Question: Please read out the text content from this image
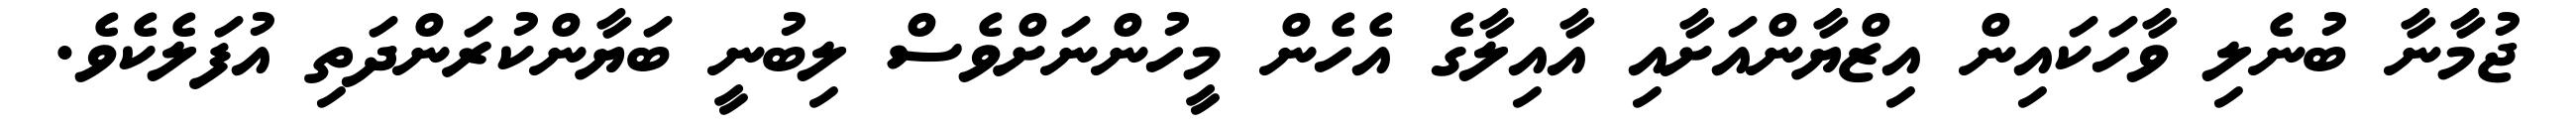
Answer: ޖުމާނާ ބުނެލި ވާހަކައިން އިޒްޔާންއަށާއި އާއިލާގެ އެހެން މީހުންނަށްވެސް ލިބުނީ ބަޔާންކުރަންދަތި އުފަލެކެވެ.